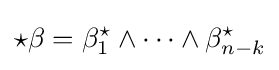
{\star }\beta =\beta _{1}^{\star }\wedge \cdots \wedge \beta _{n-k}^{\star }